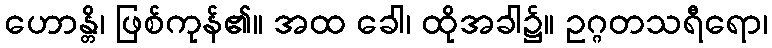
ဟောန္တိ၊ ဖြစ်ကုန်၏။ အထ ခေါ၊ ထိုအခါ၌။ ဥဂ္ဂတသရီရော၊